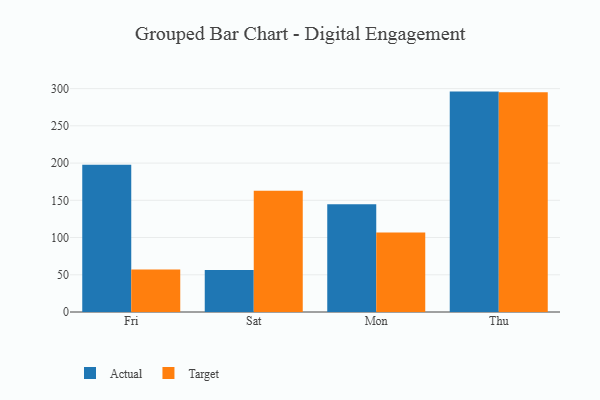
{"axis": {"x": "Day", "y": "Conversion Rate (%)"}, "legend": ["Actual", "Target"], "data": [{"x": "Fri", "y": 197.8, "type": "Actual"}, {"x": "Fri", "y": 57.1, "type": "Target"}, {"x": "Sat", "y": 56.3, "type": "Actual"}, {"x": "Sat", "y": 162.7, "type": "Target"}, {"x": "Mon", "y": 144.8, "type": "Actual"}, {"x": "Mon", "y": 106.7, "type": "Target"}, {"x": "Thu", "y": 296.0, "type": "Actual"}, {"x": "Thu", "y": 295.0, "type": "Target"}]}